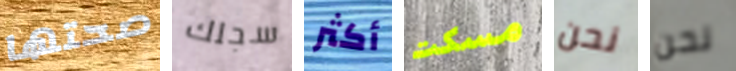
صحتها سجلك أكثر مسكت نحن نحن